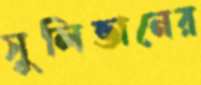
সুলিভানের